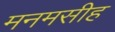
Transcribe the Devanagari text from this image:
मनमसीह